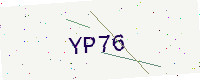
Text: YP76